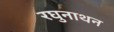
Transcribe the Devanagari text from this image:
रघुनाथन